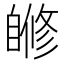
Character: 𦤜